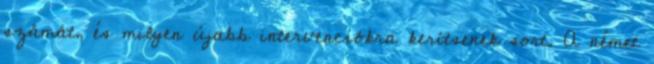
számát, és milyen újabb intervenciókra kerítsenek sort. A német